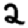
Digit: 2